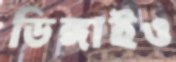
ডিঙ্গাইও